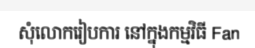
សុំលោករៀបការ នៅក្នុងកម្មវិធី Fan